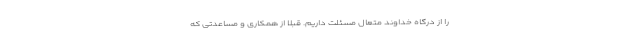
را از درگاه خداوند متعال مسئلت داریم. قبلا از همکاری و مساعدتی که